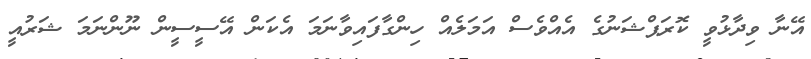
އޭނާ ވިދާޅުވީ ކޮރަޕްޝަނުގެ އެއްވެސް އަމަލެއް ހިންގާފައިވާނަމަ އެކަން އޭސީސީން ނޫންނަމަ ޝަރުއީ